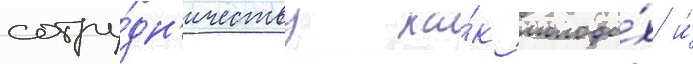
сотру́дн'ичеству ка́к молоды́х и́